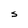
Character: S